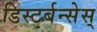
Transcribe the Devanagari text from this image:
डिस्टर्बन्सेस्